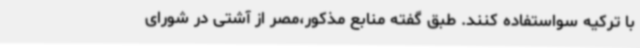
با ترکیه سواستفاده کنند. طبق گفته منابع مذکور،مصر از آشتی در شورای